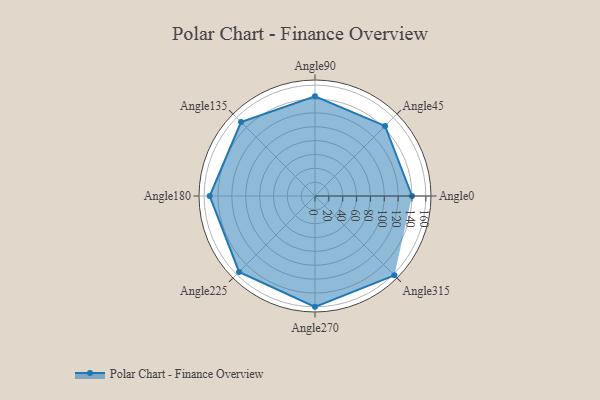
{"axis": {"x": "Angle", "y": "Radius"}, "legend": [""], "data": [{"x": "Angle0", "y": 140.0, "type": ""}, {"x": "Angle45", "y": 143.0, "type": ""}, {"x": "Angle90", "y": 144.0, "type": ""}, {"x": "Angle135", "y": 151.0, "type": ""}, {"x": "Angle180", "y": 152.0, "type": ""}, {"x": "Angle225", "y": 155.0, "type": ""}, {"x": "Angle270", "y": 160.0, "type": ""}, {"x": "Angle315", "y": 162.0, "type": ""}]}